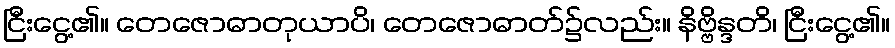
ငြီးငွေ့၏။ တေဇောဓာတုယာပိ၊ တေဇောဓာတ်၌လည်း။ နိဗ္ဗိန္ဒတိ၊ ငြီးငွေ့၏။